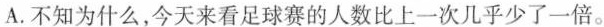
A.不知为什么，今天来看足球赛的人数比上一次几乎少了一倍。